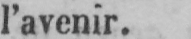
l’avenir.